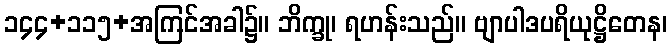
၁၄၄+၁၁၅+အကြင်အခါ၌။ ဘိက္ခု၊ ရဟန်းသည်။ ဗျာပါဒပရိယုဋ္ဌိတေန၊